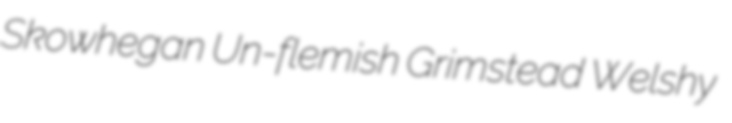
Skowhegan Un-flemish Grimstead Welshy